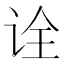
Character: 诠